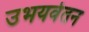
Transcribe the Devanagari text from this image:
उभयवेतन